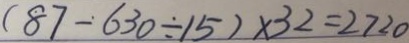
( 8 7 - 6 3 0 \div 1 5 ) \times 3 2 = 2 7 2 0